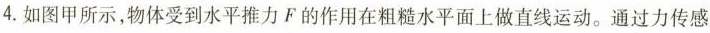
4.如图甲所示，物体受到水平推力F的作用在粗糙水平面上做直线运动。通过力传感